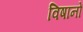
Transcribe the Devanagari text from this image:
विषानों